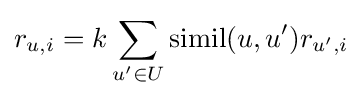
r_{u,i}=k\sum \limits _{u^{\prime }\in U}\operatorname {simil} (u,u^{\prime })r_{u^{\prime },i}